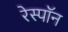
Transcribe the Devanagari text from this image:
रेस्पॉन